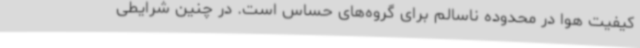
کیفیت هوا در محدوده ناسالم برای گروه‌های حساس است. در چنین شرایطی